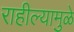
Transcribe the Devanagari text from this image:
राहील्यामुळे